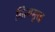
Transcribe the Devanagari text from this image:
नित्यसुख